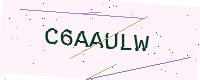
Text: C6AAULW